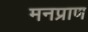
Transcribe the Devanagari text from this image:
मनप्राण